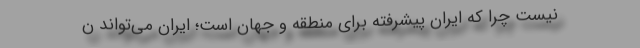
نیست چرا که ایران پیشرفته برای منطقه و جهان است؛ ایران می‌تواند ن